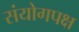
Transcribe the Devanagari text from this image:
संयोगपक्ष